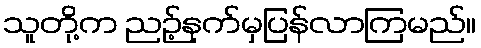
သူတို့က ညဉ့်နက်မှပြန်လာကြမည်။